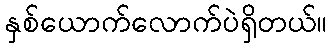
နှစ်ယောက်လောက်ပဲရှိတယ်။